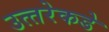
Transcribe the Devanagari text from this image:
उत्‍तरेकडे